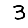
Digit: 3